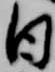
日